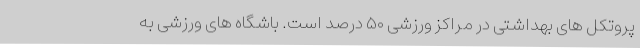
پروتکل های بهداشتی در مراکز ورزشی ۵۰ درصد است. باشگاه های ورزشی به